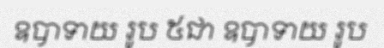
ឧបាទាយ រូប ៥ជា ឧបាទាយ រូប